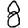
Digit: 8